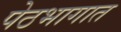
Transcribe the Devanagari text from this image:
पेठभागात